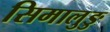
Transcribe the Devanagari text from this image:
सिमालुङु